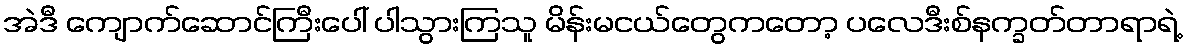
အဲဒီ ကျောက်ဆောင်ကြီးပေါ် ပါသွားကြသူ မိန်းမငယ်တွေကတော့ ပလေဒီးစ်နက္ခတ်တာရာရဲ့